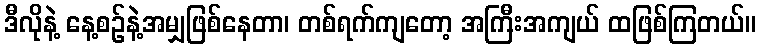
ဒီလိုနဲ့ နေ့စဉ်နဲ့အမျှဖြစ်နေတာ၊ တစ်ရက်ကျတော့ အကြီးအကျယ် ထဖြစ်ကြတယ်။